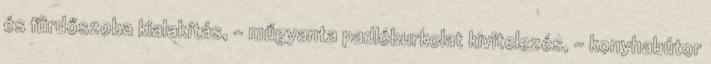
és fürdőszoba kialakítás, - műgyanta padlóburkolat kivitelezés, - konyhabútor